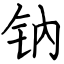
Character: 钠